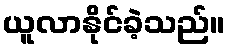
ယူလာနိုင်ခဲ့သည်။